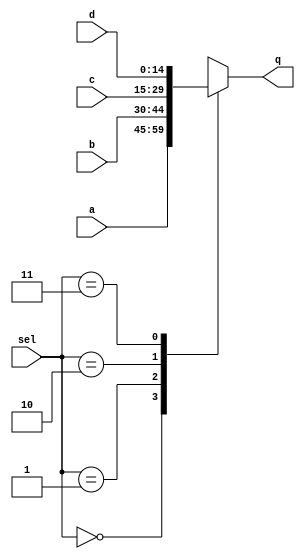
//--------------------------------------------------------------------------------------------
//
// Generated by X-HDL VHDL Translator - Version 2.0.0 Feb. 1, 2011
// ?? ?? 29 2018 17:07:50
//
//      Input file      : 
//      Component name  : ii_address_mux
//      Author          : 
//      Company         : 
//
//      Description     : 
//
//
//--------------------------------------------------------------------------------------------


module ii_address_mux(sel, a, b, c, d, q);
   input [1:0]   sel;
   input [14:0]  a;
   input [14:0]  b;
   input [14:0]  c;
   input [14:0]  d;
   output [14:0] q;
   reg [14:0]    q;
   
   
   
   always @(a or b or c or d or sel)
   begin: mux0
      case (sel)
         2'b00 :
            q <= a;
         2'b01 :
            q <= b;
         2'b10 :
            q <= c;
         2'b11 :
            q <= d;
         default :
            q <= {15{1'b0}};
      endcase
   end
   
endmodule